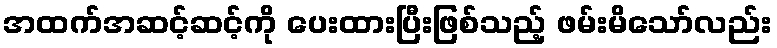
အထက်အဆင့်ဆင့်ကို ပေးထားပြီးဖြစ်သည့် ဖမ်းမိသော်လည်း